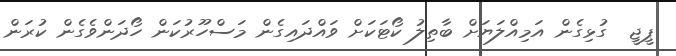
ޕީޖީ  ގުޅިގެން އަމިއްލަޔަށް ބާތިލު ކޯޓަކަށް ވައްދައިގެން މަސްހޫރުކަން ހޯދަންވެގެން ކުރަން